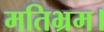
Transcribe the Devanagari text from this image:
मतिभ्रम।